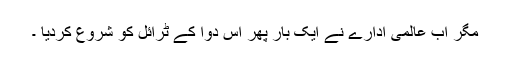
مگر اب عالمی ادارے نے ایک بار پھر اس دوا کے ٹرائل کو شروع کردیا ۔